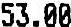
53.00